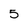
Character: 5